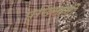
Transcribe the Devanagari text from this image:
पछिमानी